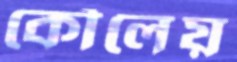
কৌলেয়